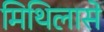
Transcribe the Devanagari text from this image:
मिथिलासे